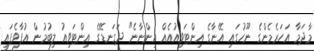
މާދަމާ އަހަރެމެންގެ ނޫހުގައި އޭނާގެ އިންޓަވިއުއެއް އިންނާނެ" ދަގަނޑޭގެ އިންޓަވިއު ލިބުމުން އުފާވެފައި